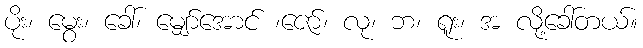
ပိုး၊ မွေး၊ ခေါ်၊ မျှော်အောင် ၊ဇော်၊ လု၊ ဘ၊ ရူး၊ အ လို့ခေါ်တယ်။